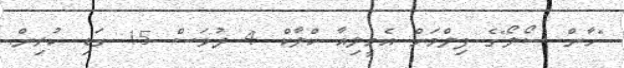
"ހާން ސޯލޯ"ގެ ފިލްމަށް އެމީލިއާ ކްލާކް 4 ދުވަސް 15 ގަޑި ކުރިން.